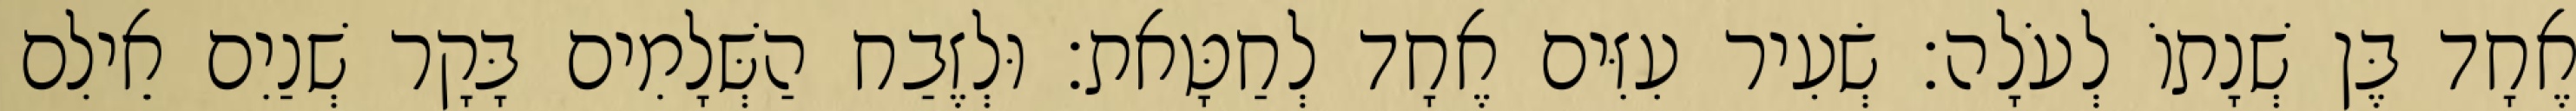
אֶחָד בֶּן שְׁנָתוֹ לְעֹלָה׃ שְׂעִיר עִזִּים אֶחָד לְחַטָּאת׃ וּלְזֶבַח הַשְּׁלָמִים בָּקָר שְׁנַיִם אֵילִם